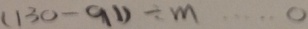
( 1 3 0 - 9 1 ) \div m \cdots 0